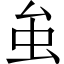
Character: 𧈧